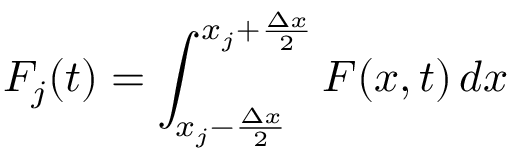
F _ { j } ( t ) = \int _ { x _ { j } - \frac { \Delta x } { 2 } } ^ { x _ { j } + \frac { \Delta x } { 2 } } F ( x , t ) \mathop { d x }